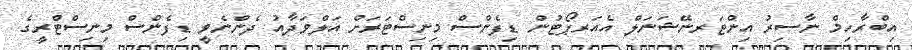
އިބްރާހިމް ނާސިރު އިންޓަރނޭޝަނަލް އެއަރޕޯޓުން ޑިފެންސް މިނިސްޓަރަށް އަލްވަދާއު ދެންނެވީ ޑިފެންސް މިނިސްޓްރީގެ